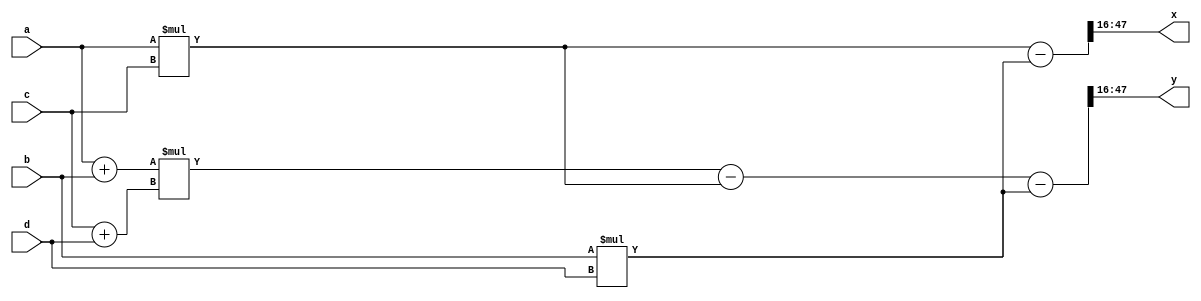
//
module mul_complex(a, b, c, d, x, y);

input signed [32 - 1:0] a, b, c, d;

output signed[32 - 1:0] x, y;

wire signed [32 * 2 - 1:0] ac, bd, xx, yy;
//(a + bi) * (c + di) = ac - bd + (bc + ad)i
//bc + ad = (a + b)(c + d) - ac - bd
assign ac = a * c;
assign bd = b * d;
assign xx = ac - bd;
assign yy = (a + b) * (c + d) - ac - bd;

assign x = xx[32 + 15:16];
assign y = yy[32 + 15:16];

endmodule